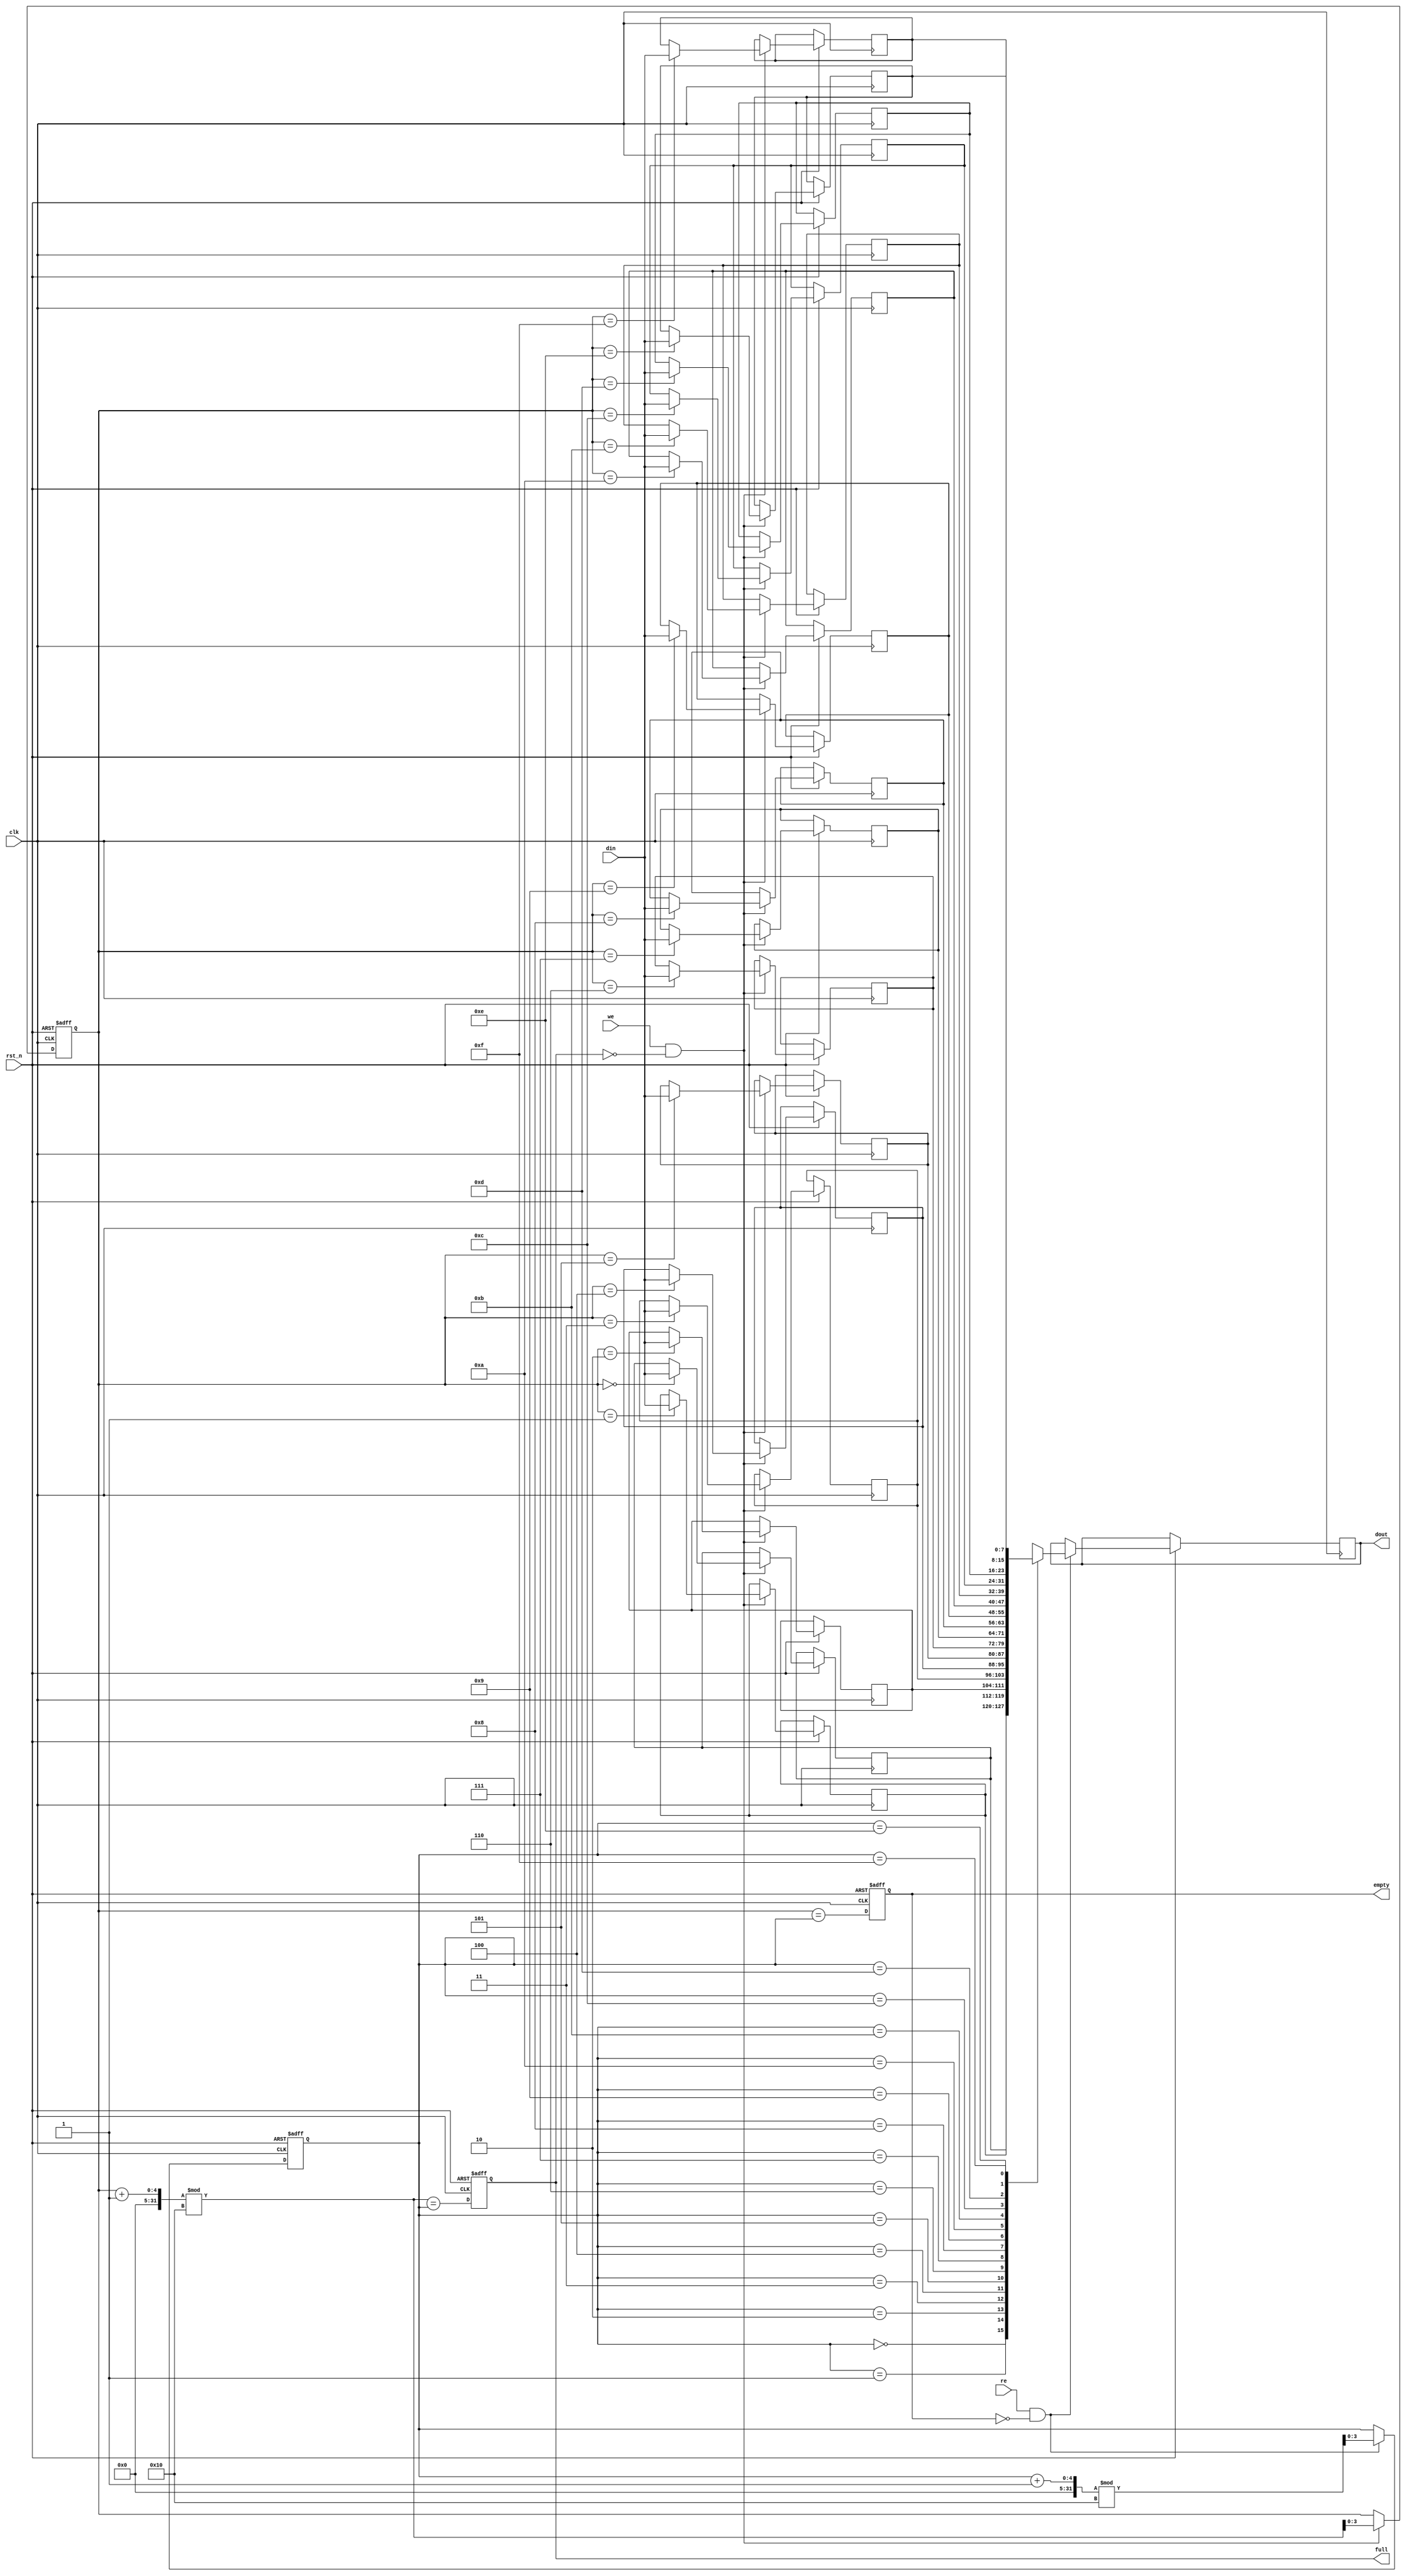
module fifo_sram #(
    parameter DEPTH = 16,       // Number of entries in FIFO
    parameter WIDTH = 8         // Width of each entry in bits
)(
    input wire clk,             // Clock signal
    input wire rst_n,           // Asynchronous reset (active low)
    input wire [WIDTH-1:0] din, // Data input
    input wire we,              // Write enable
    input wire re,              // Read enable
    output reg [WIDTH-1:0] dout,// Data output
    output reg full,            // Full flag
    output reg empty            // Empty flag
);

    // Internal storage for FIFO
    reg [WIDTH-1:0] memory [0:DEPTH-1];

    // Pointer registers
    reg [$clog2(DEPTH)-1:0] w_ptr; // Write pointer
    reg [$clog2(DEPTH)-1:0] r_ptr; // Read pointer

    // Initialize pointers and flags
    always @(posedge clk or negedge rst_n) begin
        if (!rst_n) begin
            w_ptr <= 0;
            r_ptr <= 0;
            full <= 0;
            empty <= 1;
        end else begin
            // Write operation
            if (we && !full) begin
                memory[w_ptr] <= din; // Store data in memory
                w_ptr <= (w_ptr + 1) % DEPTH; // Increment write pointer
            end

            // Read operation
            if (re && !empty) begin
                dout <= memory[r_ptr]; // Read data from memory
                r_ptr <= (r_ptr + 1) % DEPTH; // Increment read pointer
            end

            // Update empty and full flags
            empty <= (w_ptr == r_ptr);
            full <= ((w_ptr + 1) % DEPTH == r_ptr);
        end
    end

endmodule